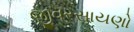
જીવરસાયણો